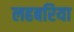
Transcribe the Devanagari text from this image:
लहबरिया